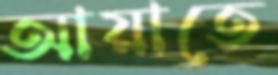
আয়াতে